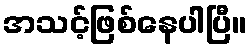
အသင့်ဖြစ်နေပါပြီ။